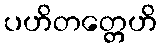
ပဟိတတ္တေဟိ